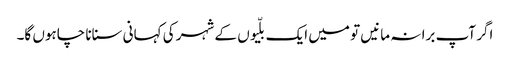
اگر آپ برا نہ مانیں تو میں ایک بلّیوں کے شہر کی کہانی سنانا چاہوں گا۔